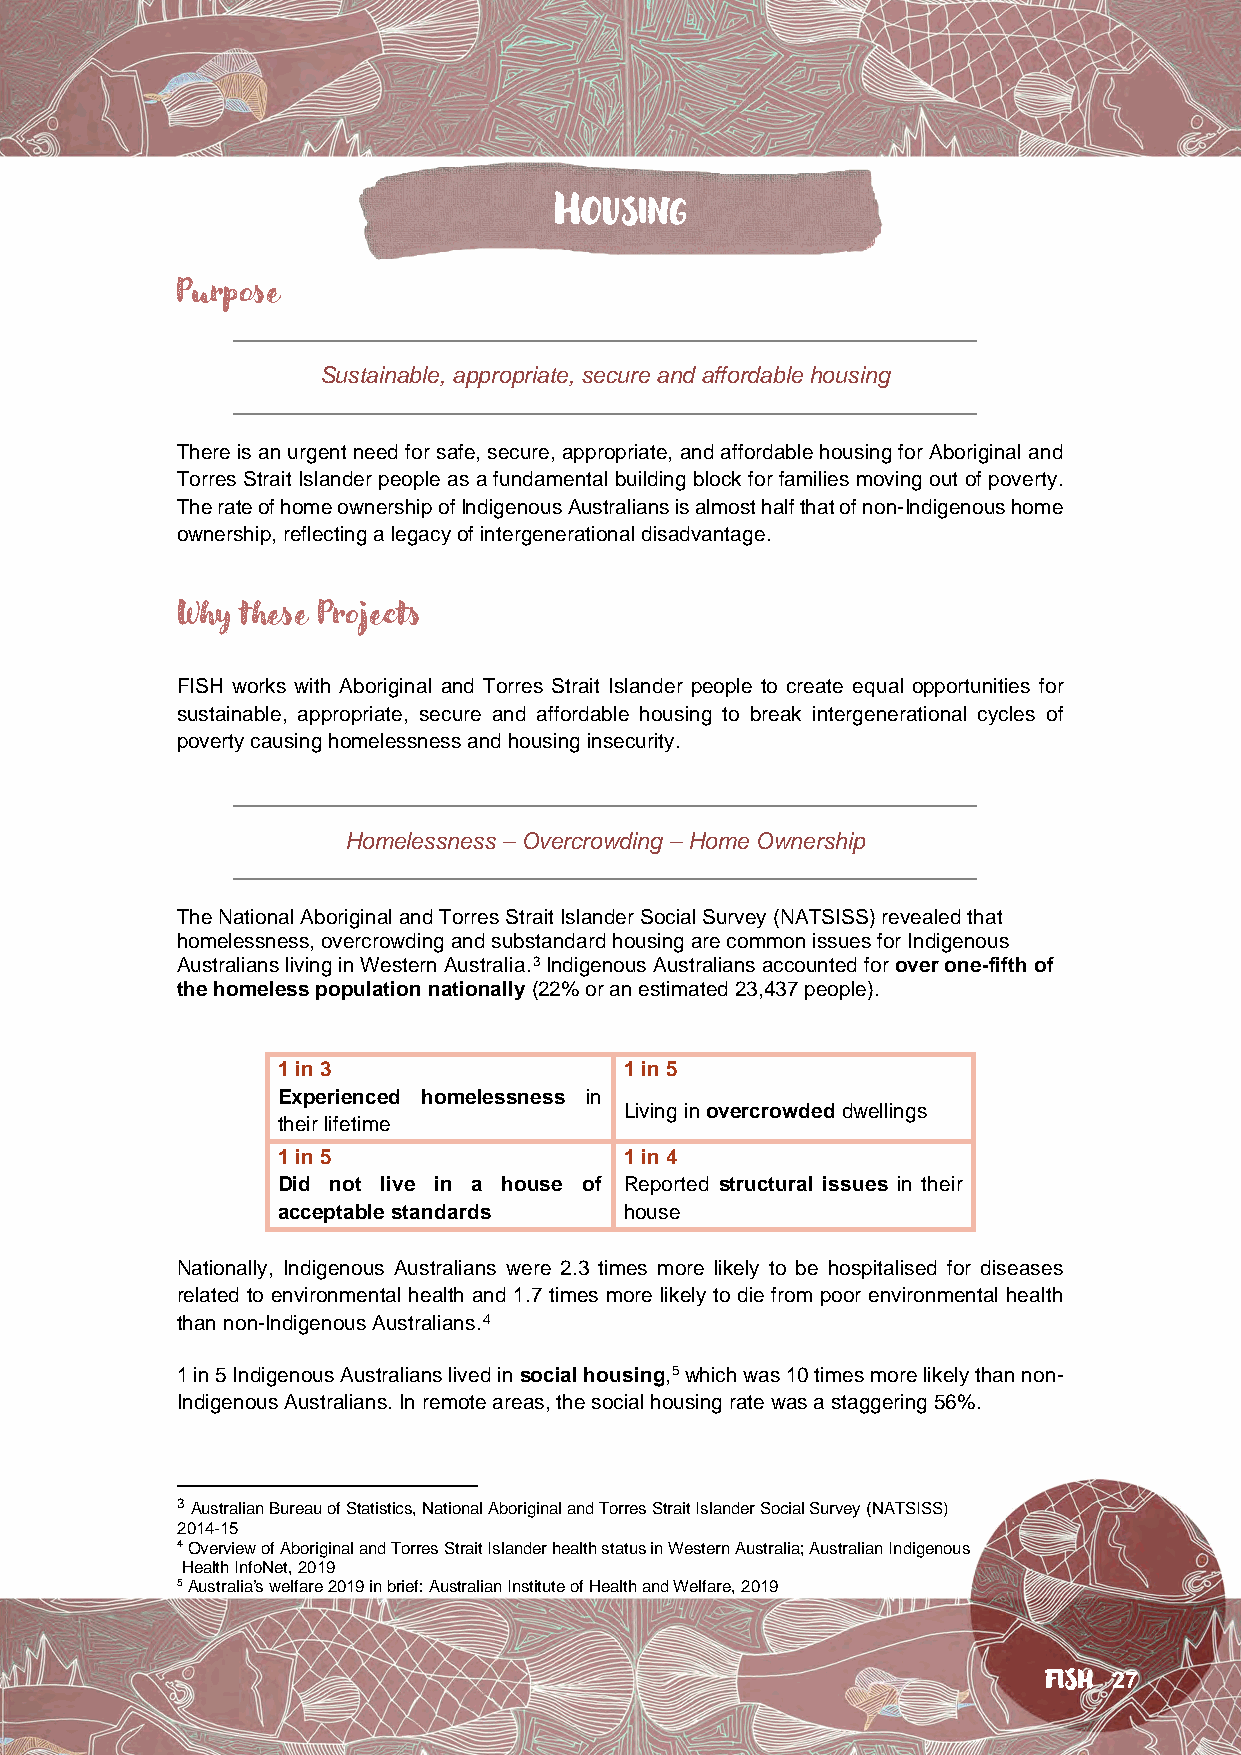
HOUSING
 Purpose
 Sustainable, appropriate, secure and affordable housing
 There is an urgent need for safe, secure, appropriate, and affordable housing for Aboriginal and
 Torres Strait Islander people as a fundamental building block for families moving out of poverty.
 The rate of home ownership of Indigenous Australians is almost half that of non-Indigenous home
 ownership, reflecting a legacy of intergenerational disadvantage.
 Why these Projects
 FISH works with Aboriginal and Torres Strait Islander people to create equal opportunities for
 sustainable, appropriate, secure and affordable housing to break intergenerational cycles of
 poverty causing homelessness and housing insecurity.
 Homelessness – Overcrowding – Home Ownership
 The National Aboriginal and Torres Strait Islander Social Survey (NATSISS) revealed that
 homelessness, overcrowding and substandard housing are common issues for Indigenous
 Australians living in Western Australia.3 Indigenous Australians accounted for over one-fifth of
 the homeless population nationally (22% or an estimated 23,437 people).
 1 in 3                1 in 5
 Experienced homelessness in
 Living in overcrowded dwellings
 their lifetime
 1 in 5                1 in 4
 Did not live in a house of Reported structural issues in their
 acceptable standards  house
 Nationally, Indigenous Australians were 2.3 times more likely to be hospitalised for diseases
 related to environmental health and 1.7 times more likely to die from poor environmental health
 than non-Indigenous Australians.4
 1 in 5 Indigenous Australians lived in social housing,5 which was 10 times more likely than non-
 Indigenous Australians. In remote areas, the social housing rate was a staggering 56%.
 3 Australian Bureau of Statistics, National Aboriginal and Torres Strait Islander Social Survey (NATSISS)
 2014-15
 4 Overview of Aboriginal and Torres Strait Islander health status in Western Australia; Australian Indigenous
 Health InfoNet, 2019
 5 Australia’s welfare 2019 in brief: Australian Institute of Health and Welfare, 2019
 FISH 27